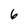
Character: 6